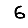
Digit: 6